General report no. 6 on the lunatic asylums, vaccination and dispensaries in the Bengal Presidency, 1873 -
Year: 1873
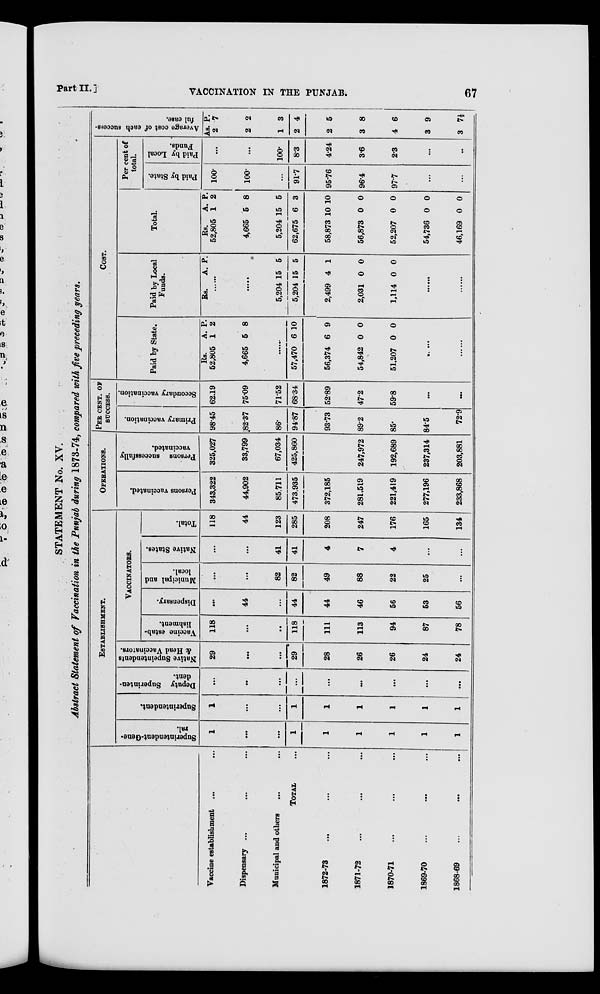
PartII.]
VACCINATION IN THE PUNJAB.
67
STATEMENT No. XV.
Abstract Statement of Vaccination in the Punjab during 1873-74, compared with five preceding years.
Vaccine establishment ... ...
Dispensary ...
...
Municipal and others ... ...
TOTAL ...
1872-73 ... ... ...
1871-72 ... ... ...
1870-71 ... ... ...
1869-70 ... ... ...
1868-69
...
...
...
ESTABLISHMENT.
Superintendent-Gene¬
ral.
1
...
...
1
1
1
1
1
1
Superintendent.
1
...
...
1
1
1
1
1
1
Deputy Superinten¬
dent.
...
...
...
...
...
...
...
...
...
Native Supeintendents
& Head Vaccinators.
29
...
...
29
28
26
26
24
24
VACCINATORS.
Vaccine estab-
lishment.
118
...
...
118
111
113
94
87
78
Dispensary.
...
44
...
44
44
46
56
53
56
Municipal and
local.
...
...
82
82
49
88
22
25
...
Native States.
...
...
41
41
4
7
4
...
...
Total.
118
44
123
285
208
247
176
165
134
OPERATIONS.
Persons vaccinated.
343,322
44,902
85,711
473.935
372,185
281,519
221,419
277,196
233,868
Persons successfully
vaccinated.
325,027
33,799
67,034
425,860
247,972
192,689
237,314
203,881
PER CENT. OF
SUCCESS.
Primary vaccination.
98.45
82.37
86.
94.87
93.73
89.2
85.
84.5
72.9
Secondary vaccination.
62.19
75.09
71.52
68.34
52.89
47.2
59.8
...
...
COST.
Paid by State.
Rs.
52,805
4,665
A.
1
5
P.
2
8
......
57,470
56,374
54,842
51,207
6
6
0
0
10
9
0
0
......
......
Paid by Local
Funds.
Rs.
A. P.
......
......
5,204
5,204
2,499
2,031
1,114
15
15
4
0
0
5
5
1
0
0
......
......
Total.
Rs.
52,805
4,665
5,204
62,675
58,873
56,873
52,207
54,736
46,169
A.
1
5
15
6
10
0
0
0
0
P.
2
8
5
3
10
0
0
0
0
Percent of
total.
Paid by State.
100.
100.
...
91.7
95.76
96.4
97.7
...
...
Paid by Local
Funds.
...
...
100.
8.3
4.24
3.6
2.3
...
...
Average cost of each success-
ful case.
Rs.
2
2
1
2
2
3
4
3
3
P.
7
2
3
4
5
8
6
9
7½